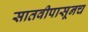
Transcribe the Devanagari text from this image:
सातवीपासूनच